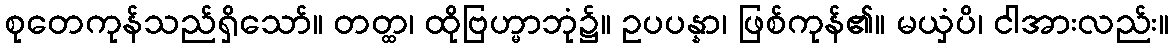
စုတေကုန်သည်ရှိသော်။ တတ္ထ၊ ထိုဗြဟ္မာဘုံ၌။ ဥပပန္နာ၊ ဖြစ်ကုန်၏။ မယှံပိ၊ ငါအားလည်း။